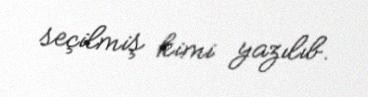
seçilmiş kimi yazılıb.